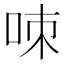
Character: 𠲋